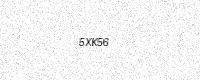
Text: 5XK56